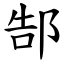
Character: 郜